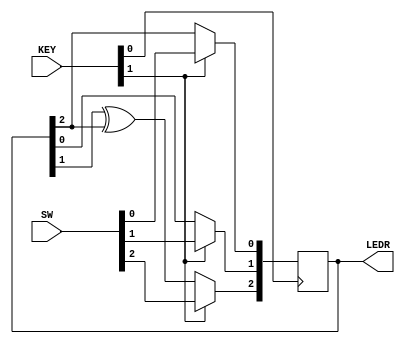
//Taken from 2015 midterm question 5. See also the first part of this question: mt2015_muxdff

//Write the Verilog code for this sequential circuit (Submodules are ok, but the top-level must be named top_module).
//Assume that you are going to implement the circuit on the DE1-SoC board. Connect the R inputs to the SW switches, 
//connect Clock to KEY[0], and L to KEY[1]. Connect the Q outputs to the red lights LEDR.

//Hint...
//This circuit is an example of a Linear Feedback Shift Register (LFSR). 
//A maximum-period LFSR can be used to generate pseudorandom numbers, as it cycles through 2n-1 combinations before repeating. 
//The all-zeros combination does not appear in this sequence.

module top_module (
	input [2:0] SW,      // R
	input [1:0] KEY,     // L and clk
	output [2:0] LEDR);  // Q

    wire [2:0] R;
    wire L,clk;
    reg [2:0] Q;
    
    assign R = SW;
    assign {L,clk} = KEY;
    assign LEDR = Q;

    always @(posedge clk) begin
        Q[0] <= (L == 1) ? R[0] : Q[2];
        Q[1] <= (L == 1) ? R[1] : Q[0];
        Q[2] <= (L == 1) ? R[2] : (Q[1] ^ Q[2]);
    end
    
endmodule